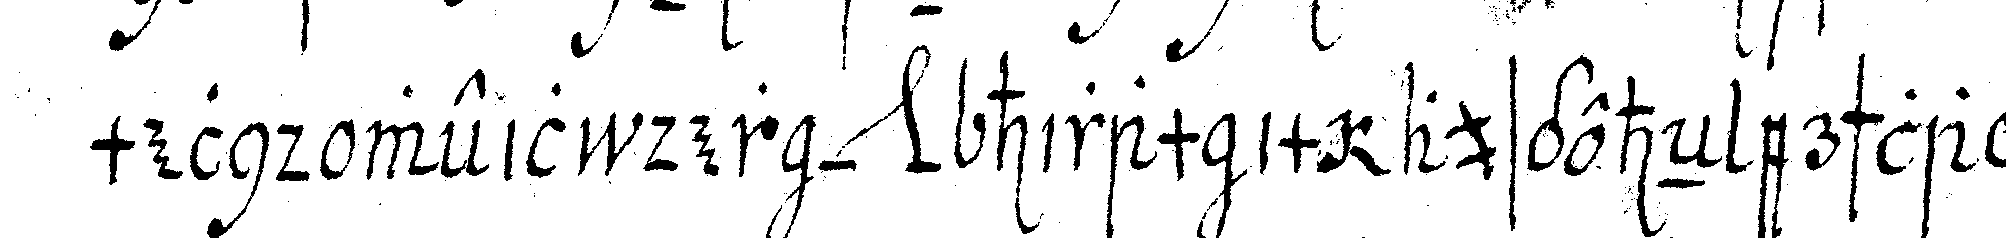
melnd weil der *nee* hiram im ausgeheN erschlageN